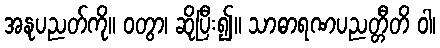
အနုပညတ်ကို။ ဝတွာ၊ ဆိုပြီး၍။ သာဓာရဏပညတ္တီတိ ဝါ၊